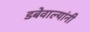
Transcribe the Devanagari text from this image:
डबेवाल्यांनी